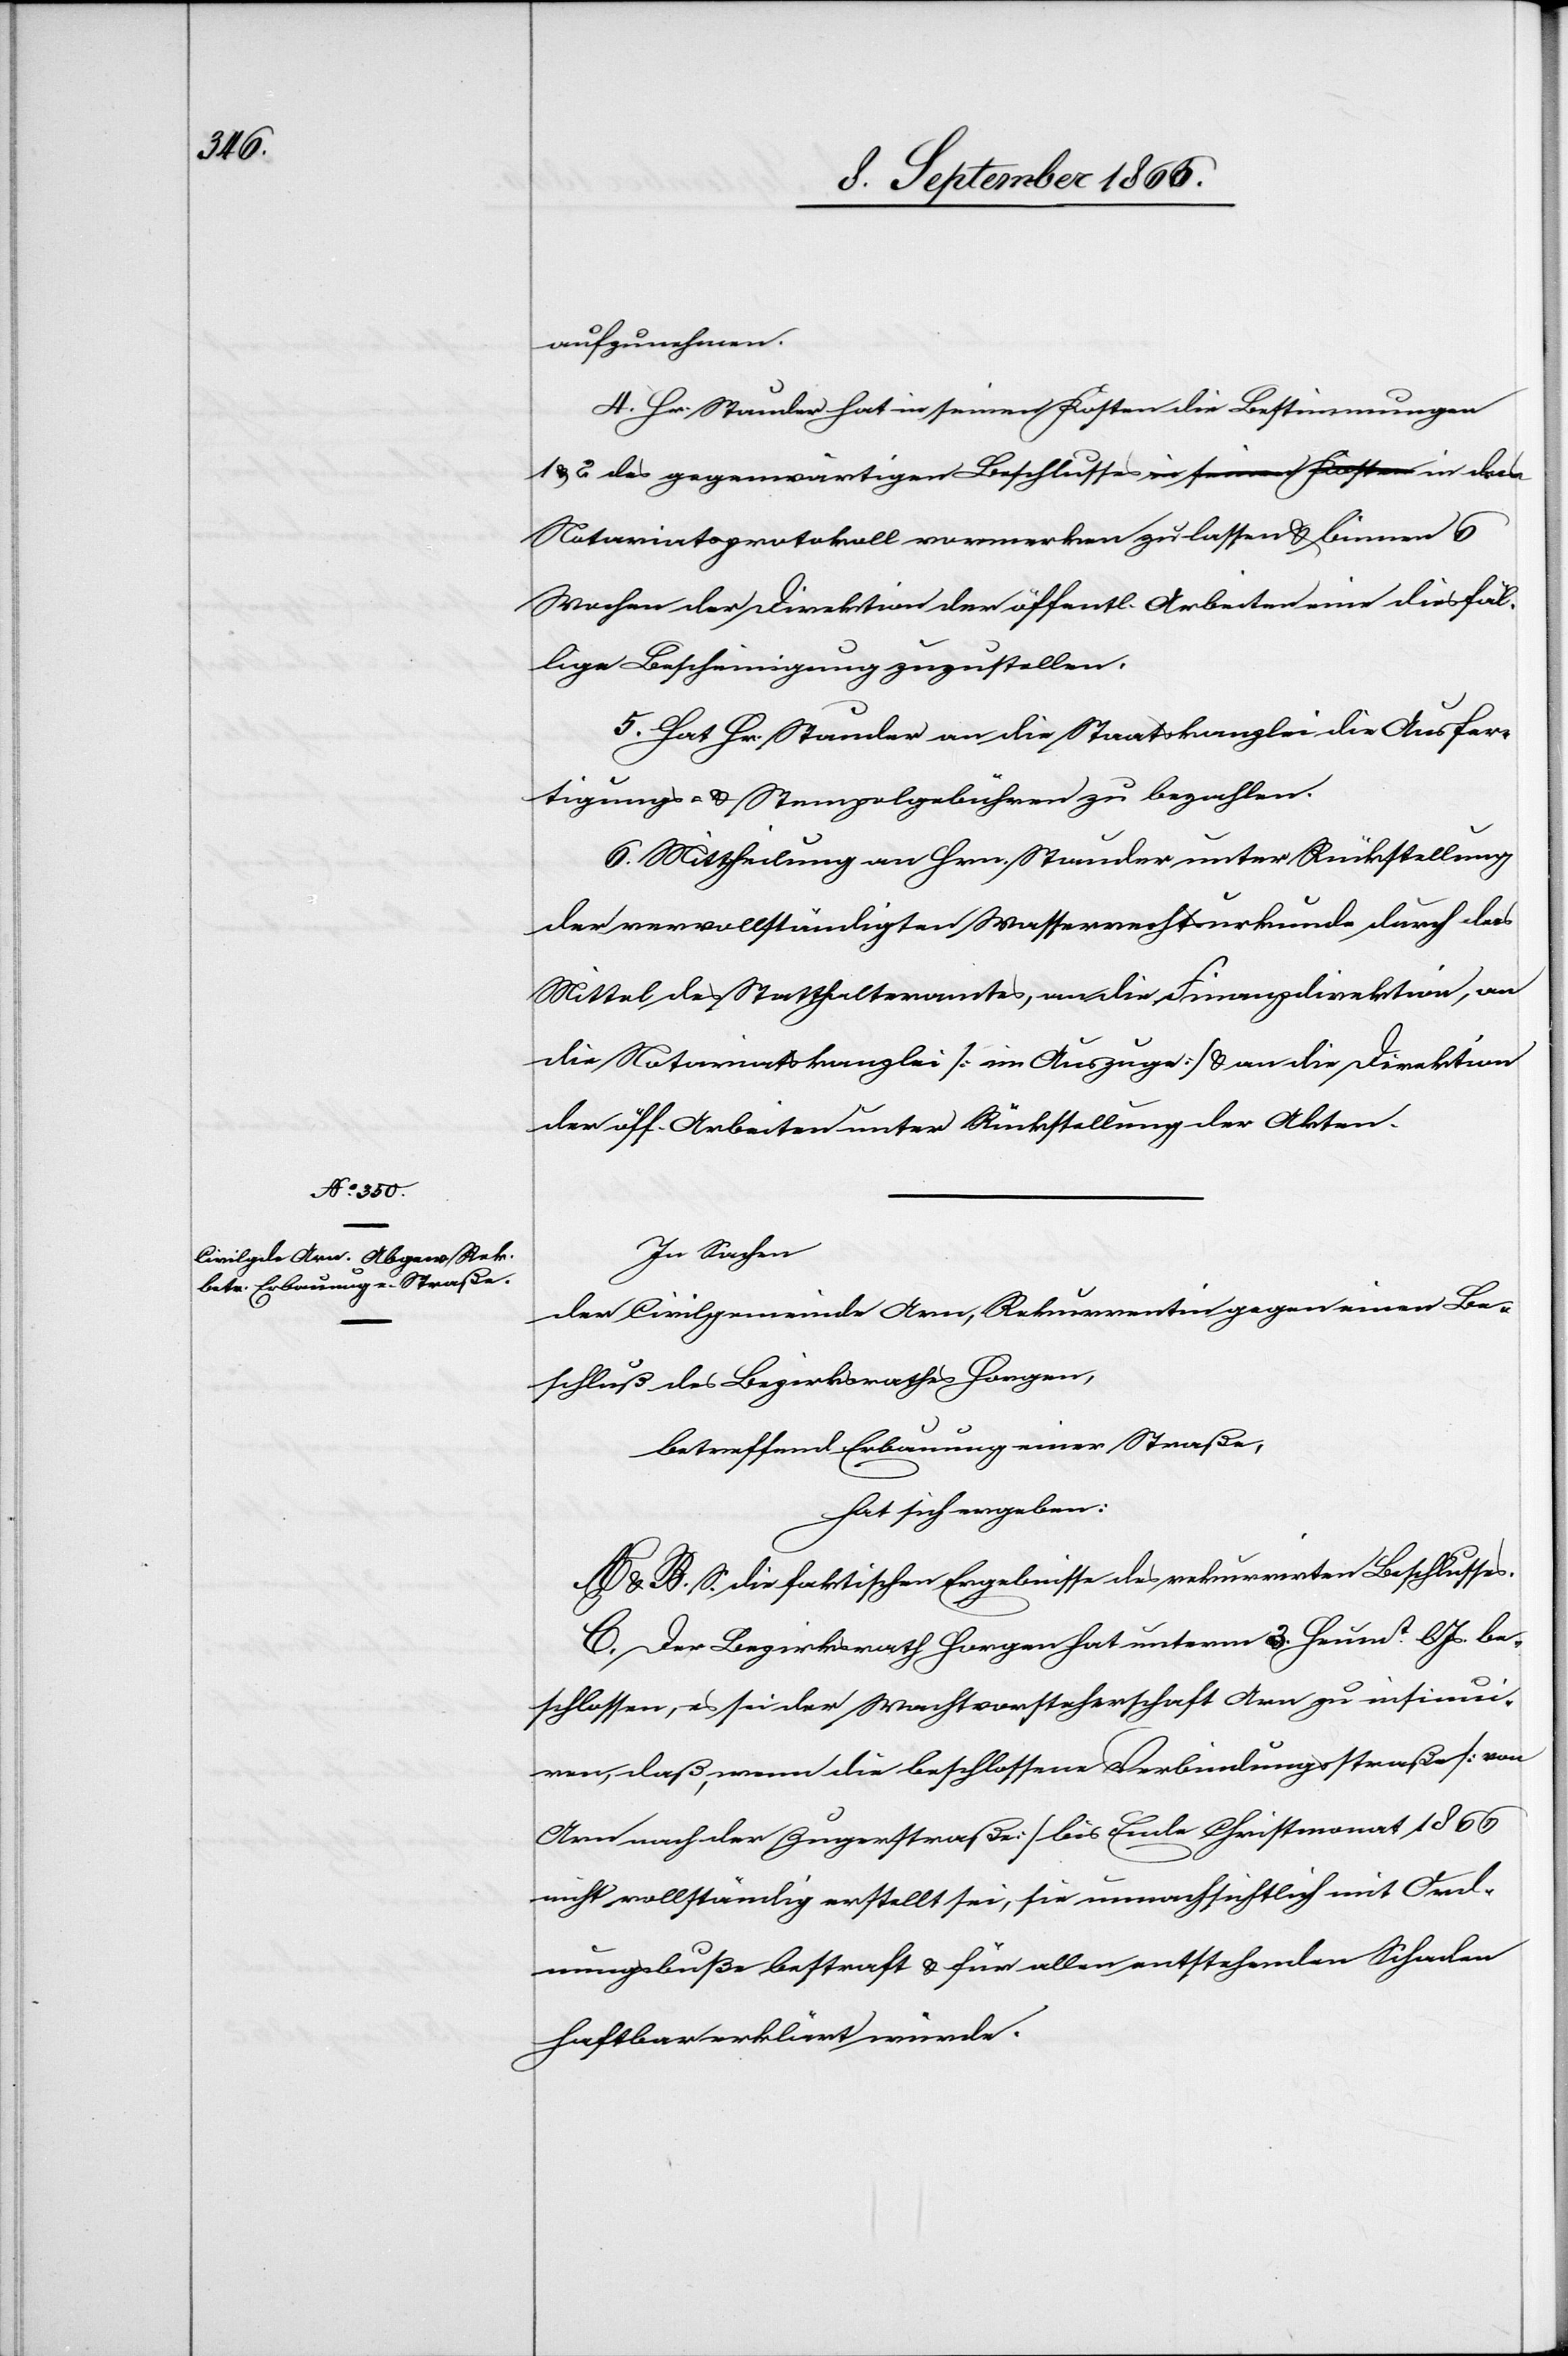
aufzunehmen.
4. Hr. Stauder hat in seinen Kosten die Bestimmungen
1 u. 2 des gegenwärtigen Beschlusses in das Notariatsprotokoll
Wochen der Direktion der öffentl. Arbeiten eine diesfäl¬
lige Bescheinigung zuzustellen.
5. Hat Hr. Stauder an die Staatskanzlei die Ausfer¬
tigungs- u. Stempelgebühren zu bezahlen.
6. Mittheilung an Hrn. Stauder unter Rückstellung
der vervollständigten Wasserrechtsurkunde durch das
Mittel des Statthalteramtes, an die Finanzdirektion, an
die Notariatskanzlei [im Auszuge] u. an die Direktion
der öff. Arbeiten unter Rückstellung der Akten.